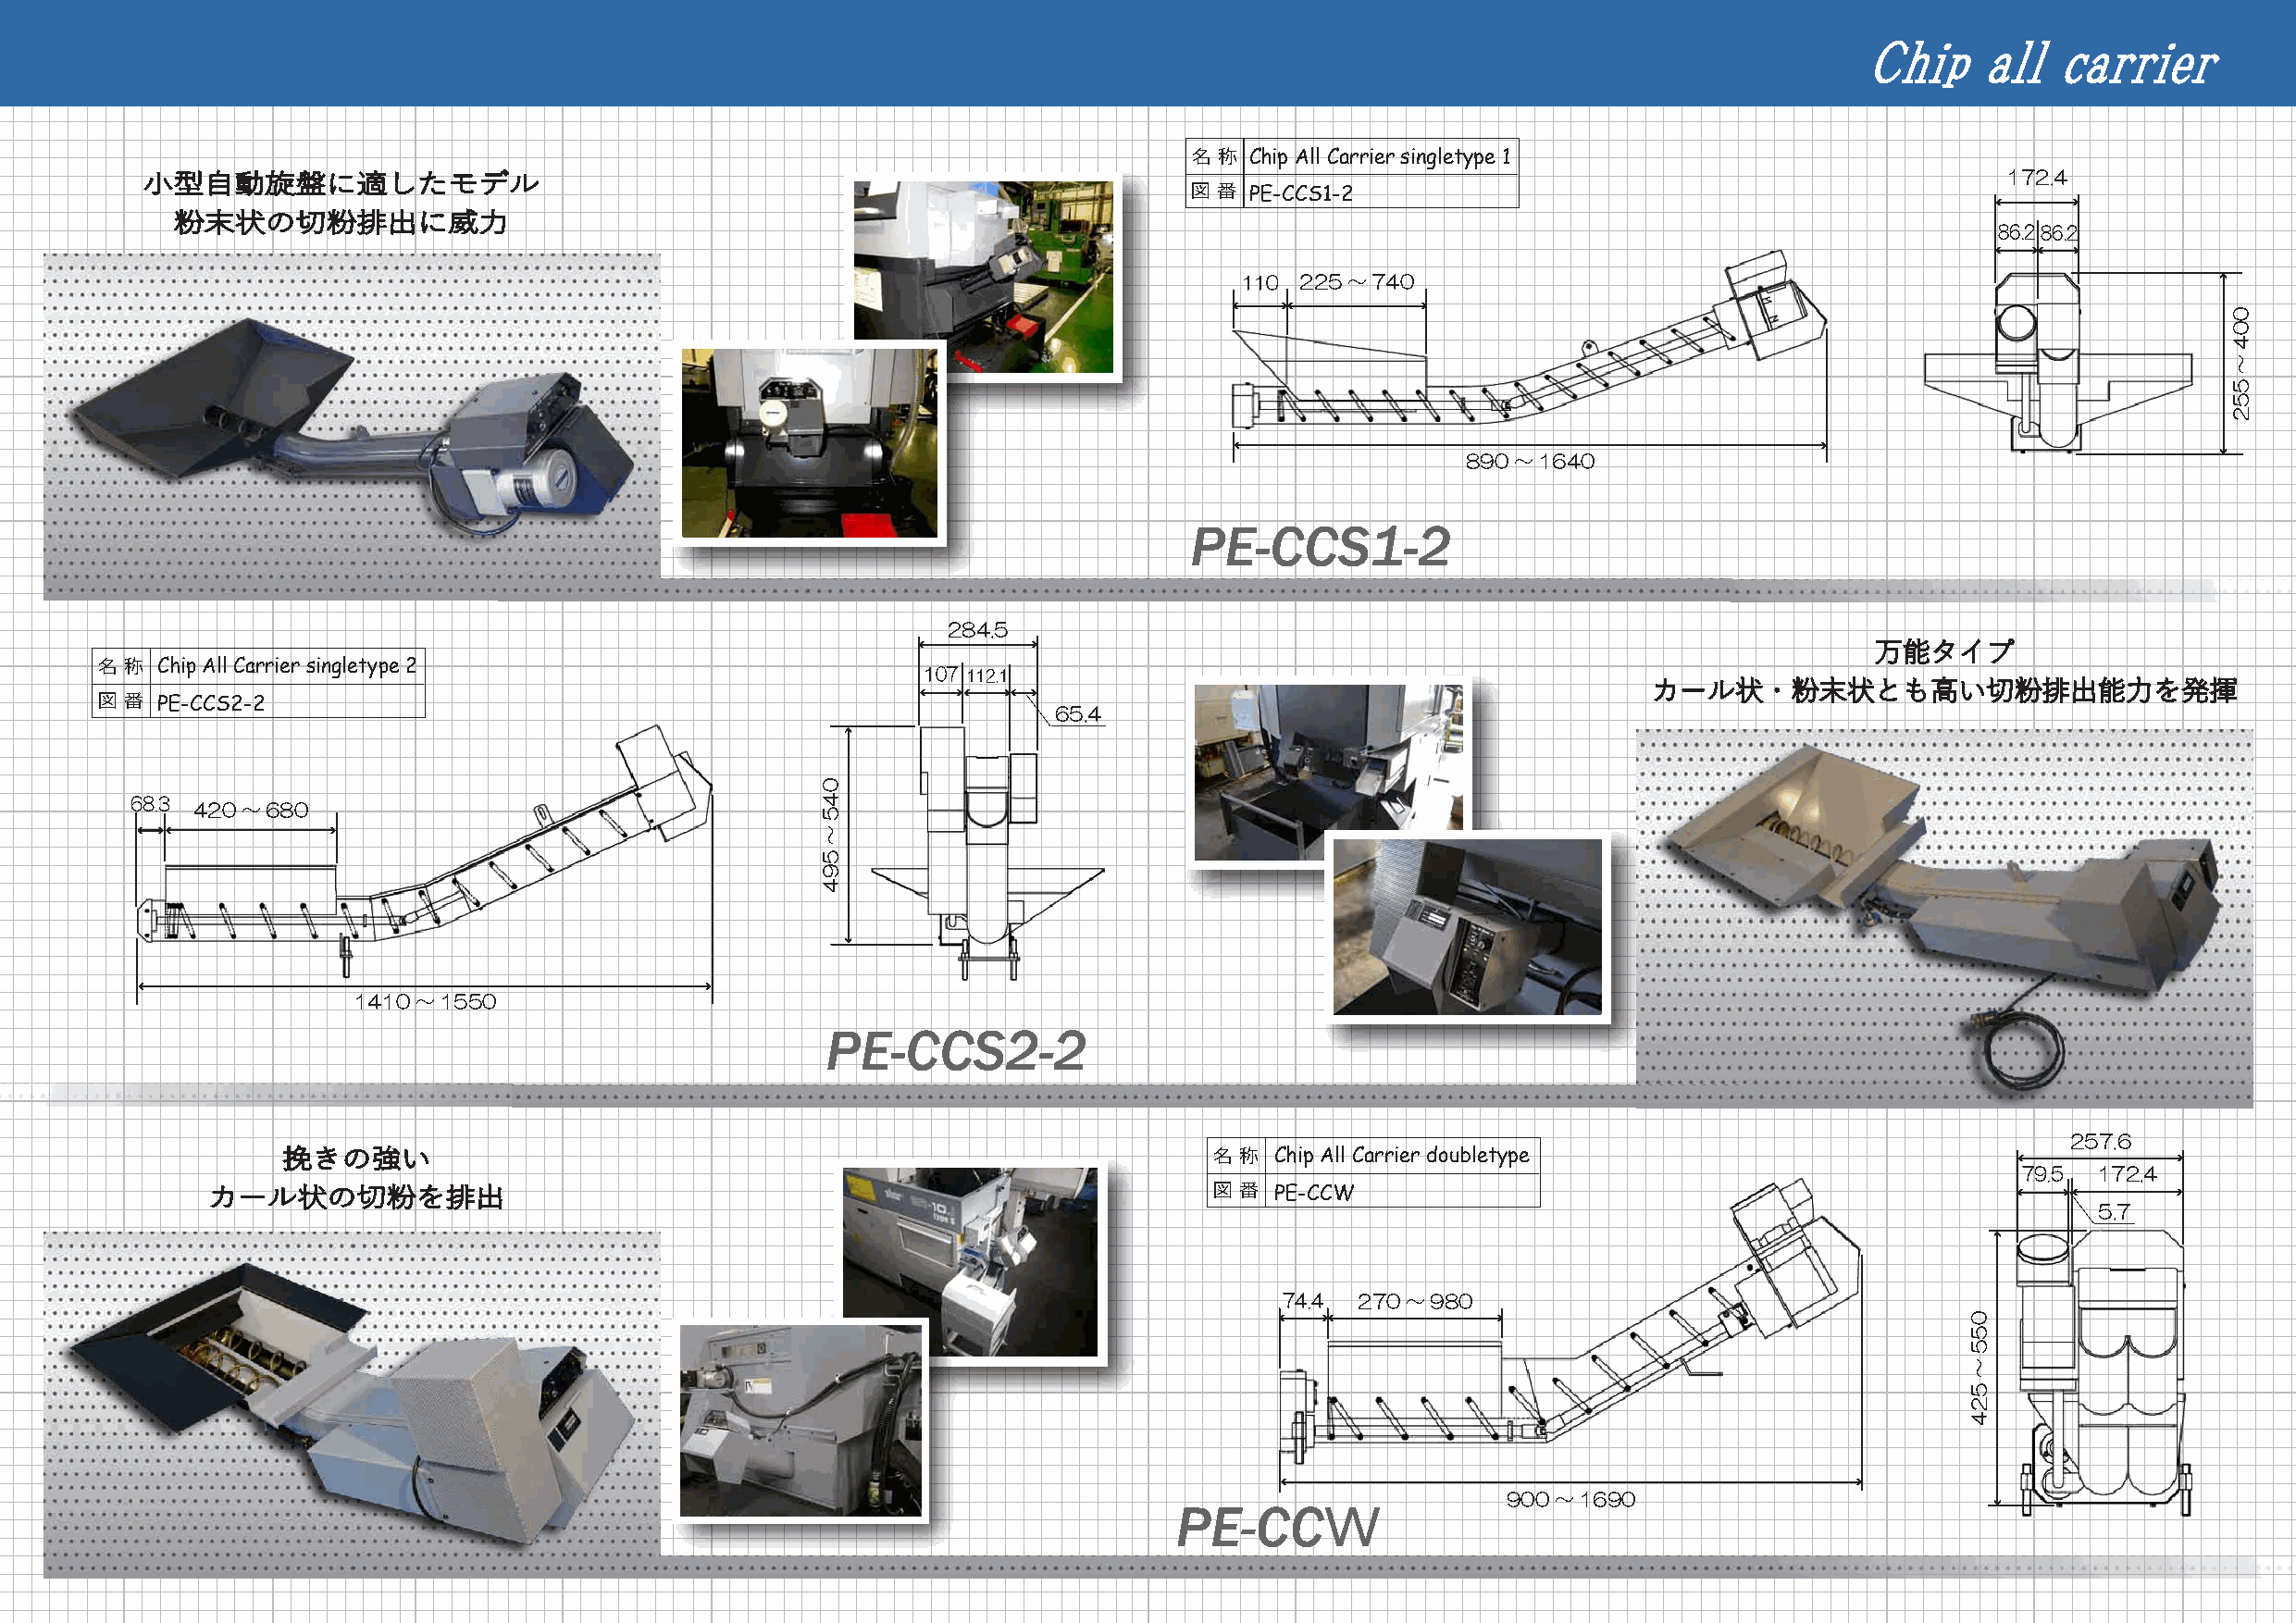
Chip     all  carrier
 名 称 Chip All Carrier singletype 1
 172.4
 小型自動旋盤に適したモデル
 図 番 PE-CCS1-2
 粉末状の切粉排出に威力
 86.286.2
 110 225～740
 890～1640
 PE-CCS1-2
 284.5
 万能タイプ
 名 称 Chip All Carrier singletype 2                          107 112.1
 カール状・粉末状とも高い切粉排出能力を発揮
 図 番 PE-CCS2-2
 65.4
 68.3
 420～680
 1410～1550
 PE-CCS2-2
 257.6
 挽きの強い                                                              名 称 Chip All Carrier doubletype
 79.5 172.4
 カール状の切粉を排出                                                              図 番 PE-CCW
 5.7
 74.4 270～980
 900～1690
 Ｗ
 PE-CC
 045～594
 055～524
 004～552